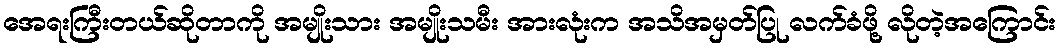
အေရးကြီးတယ်ဆိုတာကို အမျိုးသား အမျိုးသမီး အားလုံးက အသိအမှတ်ပြု လက်ခံဖို့ လိုတဲ့အကြောင်း